Madras plague regulations in force outside the Presidency town - Volume 7
Disease focus: Plague
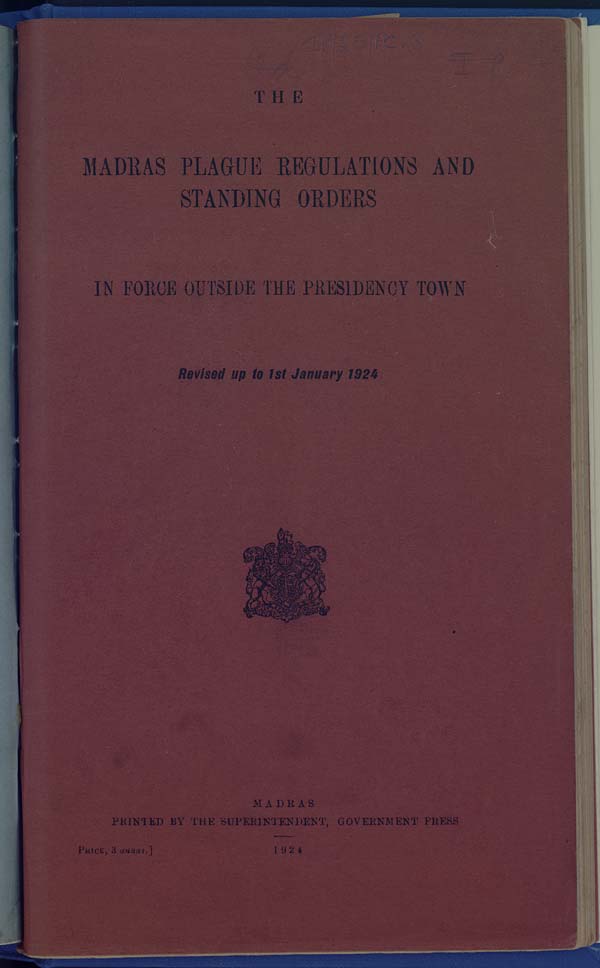
THE
MADRAS PLAGUE REGULATIONS AND
STANDING ORDERS
IN FORCE OUTSIDE THE PRESIDENCY TOWN
Revised up to 1st January 1924
MADRAS
PRINTED BY THE SUPERINTENDENT, GOVERNMENT PRESS
PRICE, 3 annas.]
1924